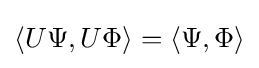
\langle U\Psi ,U\Phi \rangle =\langle \Psi ,\Phi \rangle